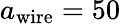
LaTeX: a_{\mathrm{wire}}=50